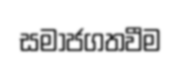
සමාජගතවීම